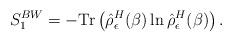
LaTeX: \begin{align*}S_1^{BW}=- \mbox{Tr}\left(\hat{\rho}^{H}_{\epsilon}(\beta)\ln\hat{\rho}^{H}_{\epsilon}(\beta)\right) .\end{align*}